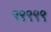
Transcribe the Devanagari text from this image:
९९९९९